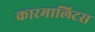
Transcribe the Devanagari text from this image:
कारमालिटस